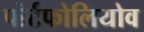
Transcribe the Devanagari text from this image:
पोर्टफोलियोव